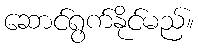
ဆောင်ရွက်နိုင်မည်။